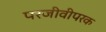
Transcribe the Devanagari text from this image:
परजीवीपरक